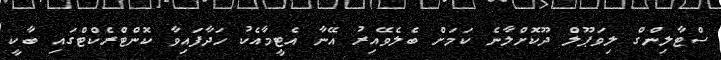
ސްޓާލިންގް ލިވަޕޫލް ދޫކޮށްލާނެ ކަމަށް ބެލެވޭއިރު އޭނާ އެޓީމާއެކު ހަދާފައިވާ ކޮންޓްރެކްޓްގައި ބާކީ